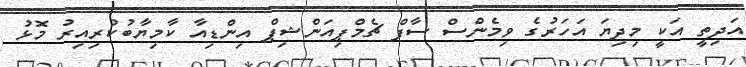
އަދިތީ އަކީ މިދިޔަ އަހަރުގެ ވިމެންސް ސާފް ޗެމްޕިއަންޝިޕް އިންޑިއާ ކާމިޔާބުކުރިއިރު މޮޅު